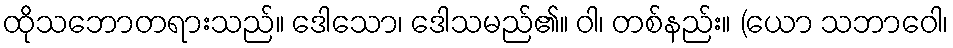
ထိုသဘောတရားသည်။ ဒေါသော၊ ဒေါသမည်၏။ ဝါ၊ တစ်နည်း။ (ယော သဘာဝေါ၊